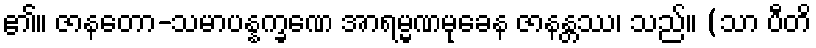
၏။ ဇာနတော-သမာပန္နက္ခဏေ အာရမ္မဏမုခေန ဇာနန္တဿ၊ သည်။ (သာ ပီတိ